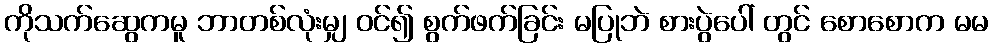
ကိုသက်ဆွေကမူ ဘာတစ်လုံးမျှ ဝင်၍ စွက်ဖက်ခြင်း မပြုဘဲ စားပွဲပေါ် တွင် စောစောက မမ